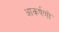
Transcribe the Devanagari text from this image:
आकर्षणो